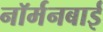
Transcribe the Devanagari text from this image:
नॉर्मनबाई